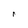
Character: r